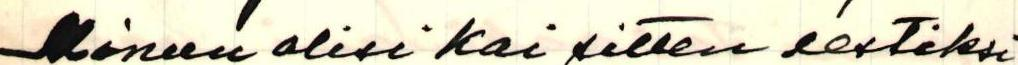
Minun olisi kai sitten eestiksi